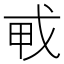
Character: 𢦦